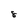
Character: 8